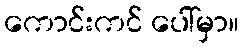
ကောင်းကင် ပေါ်မှာ။